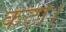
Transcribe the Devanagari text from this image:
कटा।